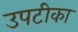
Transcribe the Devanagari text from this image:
उपटीका